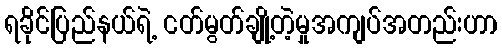
ရခိုင်ပြည်နယ်ရဲ့ ငတ်မွတ်ချို့တဲ့မှုအကျပ်အတည်းဟာ